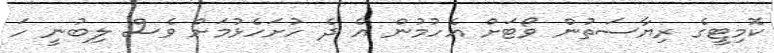
ކޮމިޓީގެ ރިޔާސަތުން ވޯޓަށް އެހުމުން އެ ދެ ހުށަހެޅުމަށް ވެސް ލިބުނީ ހަ